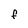
Character: F